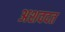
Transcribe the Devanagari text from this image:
अशवदत